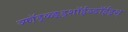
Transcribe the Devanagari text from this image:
ञ्फॉ़ड़्ळ्ङ़्ड्शॉईञ्ङॉईड्श्